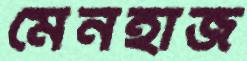
মেনহাজ